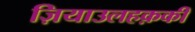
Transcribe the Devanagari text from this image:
ज़ियाउलहक़की